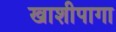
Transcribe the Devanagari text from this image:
खाशीपागा